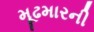
મૂઢમારની